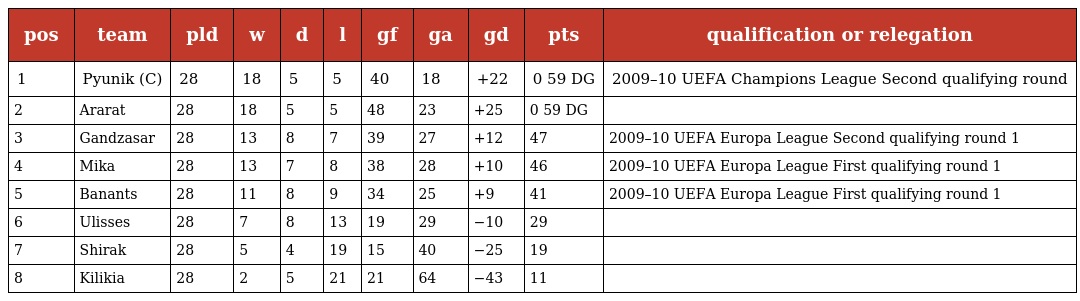
| pos | team | pld | w | d | l | gf | ga | gd | pts | qualification or relegation |
 | --- | --- | --- | --- | --- | --- | --- | --- | --- | --- | --- |
 | 1 | Pyunik (C) | 28 | 18 | 5 | 5 | 40 | 18 | +22 | 0 59 DG | 2009–10 UEFA Champions League Second qualifying round |
 | 2 | Ararat | 28 | 18 | 5 | 5 | 48 | 23 | +25 | 0 59 DG |  |
 | 3 | Gandzasar | 28 | 13 | 8 | 7 | 39 | 27 | +12 | 47 | 2009–10 UEFA Europa League Second qualifying round 1 |
 | 4 | Mika | 28 | 13 | 7 | 8 | 38 | 28 | +10 | 46 | 2009–10 UEFA Europa League First qualifying round 1 |
 | 5 | Banants | 28 | 11 | 8 | 9 | 34 | 25 | +9 | 41 | 2009–10 UEFA Europa League First qualifying round 1 |
 | 6 | Ulisses | 28 | 7 | 8 | 13 | 19 | 29 | −10 | 29 |  |
 | 7 | Shirak | 28 | 5 | 4 | 19 | 15 | 40 | −25 | 19 |  |
 | 8 | Kilikia | 28 | 2 | 5 | 21 | 21 | 64 | −43 | 11 |  |